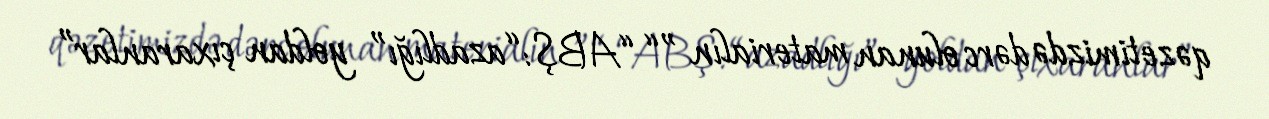
qəzetimizdə dərc olunan materialın ”“ “ABŞ: “azadlığı” yoldan çıxaranlar”